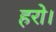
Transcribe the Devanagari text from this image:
हरो।